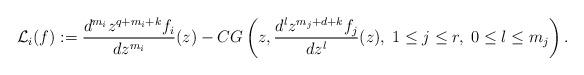
LaTeX: \begin{align*}{\mathcal L}_i(f):=\frac{d^{m_i}z^{q+m_i+k}f_{i}}{dz^{m_i}} (z) - CG\left(z,\frac{d^lz^{m_j+d+k}f_{j}}{dz^l}(z),\;1\leq j\leq r,\; 0\leq l\leq m_j\right). \end{align*}